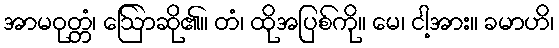
အာမဝုတ္တံ၊ ဩော်ဆို၏။ တံ၊ ထိုအပြစ်ကို။ မေ၊ ငါ့အား။ ခမာဟိ၊